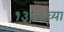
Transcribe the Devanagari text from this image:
१३८०च्या